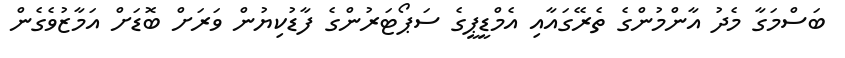
ބަސްމަގާ މެދު އާންމުންގެ ތެރޭގައާއި އެމްޑީޕީގެ ސަޕޯޓަރުންގެ ފާޑުކިޔުން ވަރަށް ބޮޑަށް އަމާޒުވެގެން